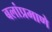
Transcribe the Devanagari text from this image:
बलांप्रमाणे